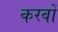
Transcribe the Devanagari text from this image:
करवों